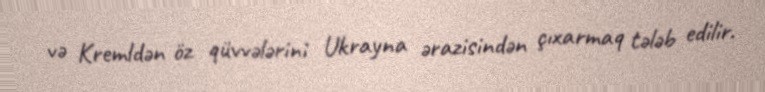
və Kremldən öz qüvvələrini Ukrayna ərazisindən çıxarmaq tələb edilir.